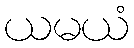
ယမယံ